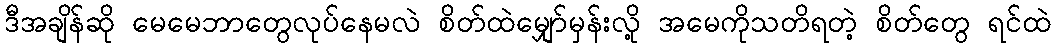
ဒီအချိန်ဆို မေမေဘာတွေလုပ်နေမလဲ စိတ်ထဲမျှော်မှန်းလို့ အမေကိုသတိရတဲ့ စိတ်တွေ ရင်ထဲ